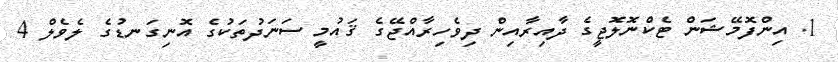
1. އިންފޮމޭޝަން ޓެކްނޮލޮޖީގެ ދާއިރާއިން ދިވެހިރާއްޖޭގެ ޤައުމީ ސަނަދުތަކުގެ އޮނިގަނޑުގެ ލެވެލް 4